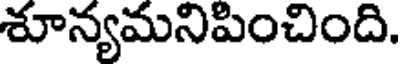
శూన్యమనిపించింది.